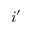
i ^ { \prime }